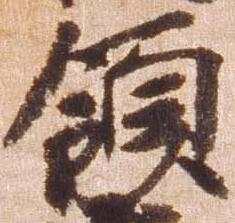
領